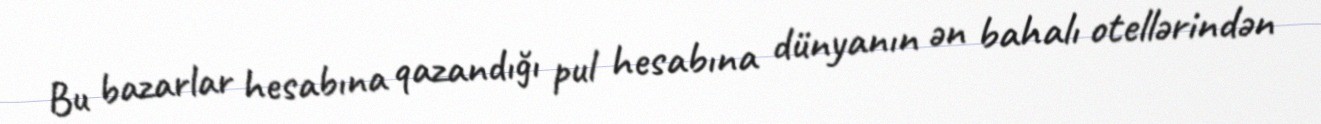
Bu bazarlar hesabına qazandığı pul hesabına dünyanın ən bahalı otellərindən